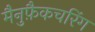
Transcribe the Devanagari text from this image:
मैनुफ़ैकचरिंग